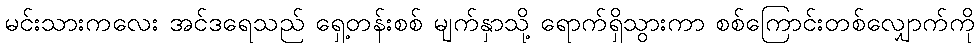
မင်းသားကလေး အင်ဒရေသည် ရှေ့တန်းစစ် မျက်နှာသို့ ရောက်ရှိသွားကာ စစ်ကြောင်းတစ်လျှောက်ကို